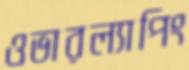
ওভারল্যাপিং